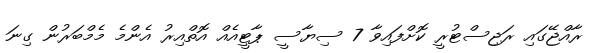
ރާއްޖޭގައި ރަޖިސްޓުރީ ކޮށްފައިވާ 7 ސިޔާސީ ޕާޓީއެއް އޮތްއިރު އެންމެ މެމްބަރުން ގިނަ